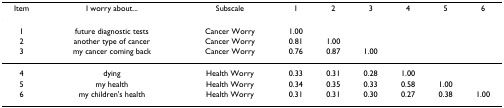
<table><thead><tr><td><b>Item</b></td><td><b>I worry about...</b></td><td><b>Subscale</b></td><td><b>1</b></td><td><b>2</b></td><td><b>3</b></td><td><b>4</b></td><td><b>5</b></td><td><b>6</b></td></tr></thead><tbody><tr><td>1</td><td>future diagnostic tests</td><td>Cancer Worry</td><td>1.00</td><td></td><td></td><td></td><td></td><td></td></tr><tr><td>2</td><td>another type of cancer</td><td>Cancer Worry</td><td>0.81</td><td>1.00</td><td></td><td></td><td></td><td></td></tr><tr><td>3</td><td>my cancer coming back</td><td>Cancer Worry</td><td>0.76</td><td>0.87</td><td>1.00</td><td></td><td></td><td></td></tr><tr><td>4</td><td>dying</td><td>Health Worry</td><td>0.33</td><td>0.31</td><td>0.28</td><td>1.00</td><td></td><td></td></tr><tr><td>5</td><td>my health</td><td>Health Worry</td><td>0.34</td><td>0.35</td><td>0.33</td><td>0.58</td><td>1.00</td><td></td></tr><tr><td>6</td><td>my children&#x27;s health</td><td>Health Worry</td><td>0.31</td><td>0.31</td><td>0.30</td><td>0.27</td><td>0.38</td><td>1.00</td></tr></tbody></table>